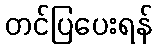
တင်ပြပေးရန်